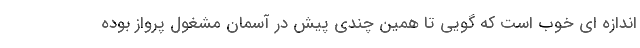
اندازه ای خوب است که گویی تا همین چندی پیش در آسمان مشغول پرواز بوده